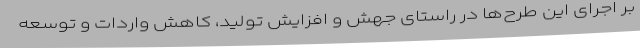
بر اجرای این طرح‌ها در راستای جهش و افزایش تولید، کاهش واردات و توسعه